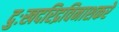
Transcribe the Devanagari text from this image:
दुःखदरिद्रविनाशकरे